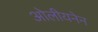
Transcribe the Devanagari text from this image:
ओलीयनेन